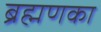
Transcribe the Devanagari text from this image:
ब्रह्मणका